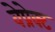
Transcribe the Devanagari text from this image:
वेप्रेक्ट